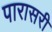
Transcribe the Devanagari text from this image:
पारासरी